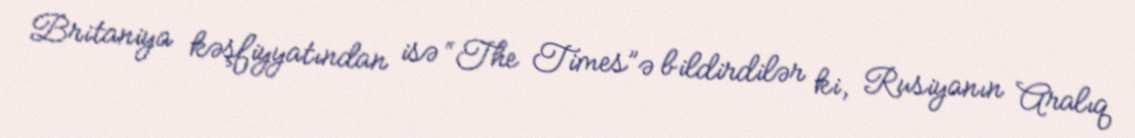
Britaniya kəşfiyyatından isə “The Times”ə bildirdilər ki, Rusiyanın Aralıq